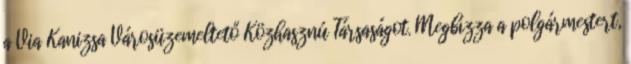
a Via Kanizsa Városüzemeltető Közhasznú Társaságot. Megbízza a polgármestert,